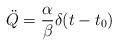
LaTeX: \begin{align*}\ddot{Q}=\frac{\alpha}{\beta}\delta(t-t_{0})\end{align*}